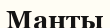
Манты